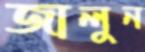
জালুন